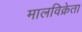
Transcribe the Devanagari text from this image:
मालविक्रेता